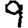
Digit: 9